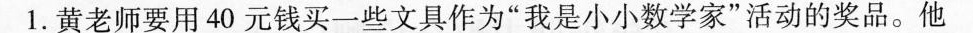
1.黄老师要用40元钱买一些文具作为”我是小小数学家”活动的奖品。他